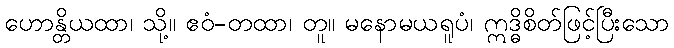
ဟောန္တိယထာ၊ သို့။ ဧဝံ-တထာ၊ တူ။ မနောမယရူပံ၊ ဣဒ္ဓိစိတ်ဖြင့်ပြီးသော